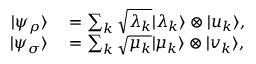
\begin{array} { r l } { | \psi _ { \rho } \rangle } & { { } = \sum _ { k } { \sqrt { \lambda _ { k } } } | \lambda _ { k } \rangle \otimes | u _ { k } \rangle , } \\ { | \psi _ { \sigma } \rangle } & { { } = \sum _ { k } { \sqrt { \mu _ { k } } } | \mu _ { k } \rangle \otimes | v _ { k } \rangle , } \end{array}